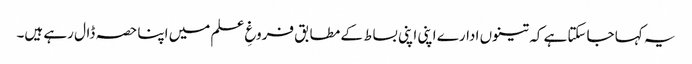
یہ کہا جاسکتا ہے کہ تینوں ادارے اپنی اپنی بساط کے مطابق فروغِ علم میں اپنا حصہ ڈال رہے ہیں۔